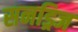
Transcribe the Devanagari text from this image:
सनड्रिज